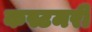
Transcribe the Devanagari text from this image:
कस्टमरी